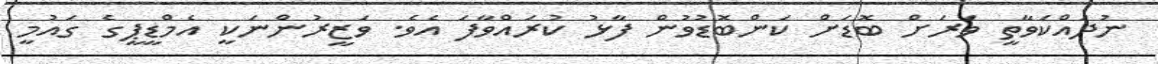
ނުދައްކަވާތީ ވަރަށް ބޮޑަށް ކަންބޮޑުވުން ފާޅު ކުރައްވާފަ އެވެ. ވަޒީރުންނަކީ އެމްޑީޕީގެ ގައުމީ